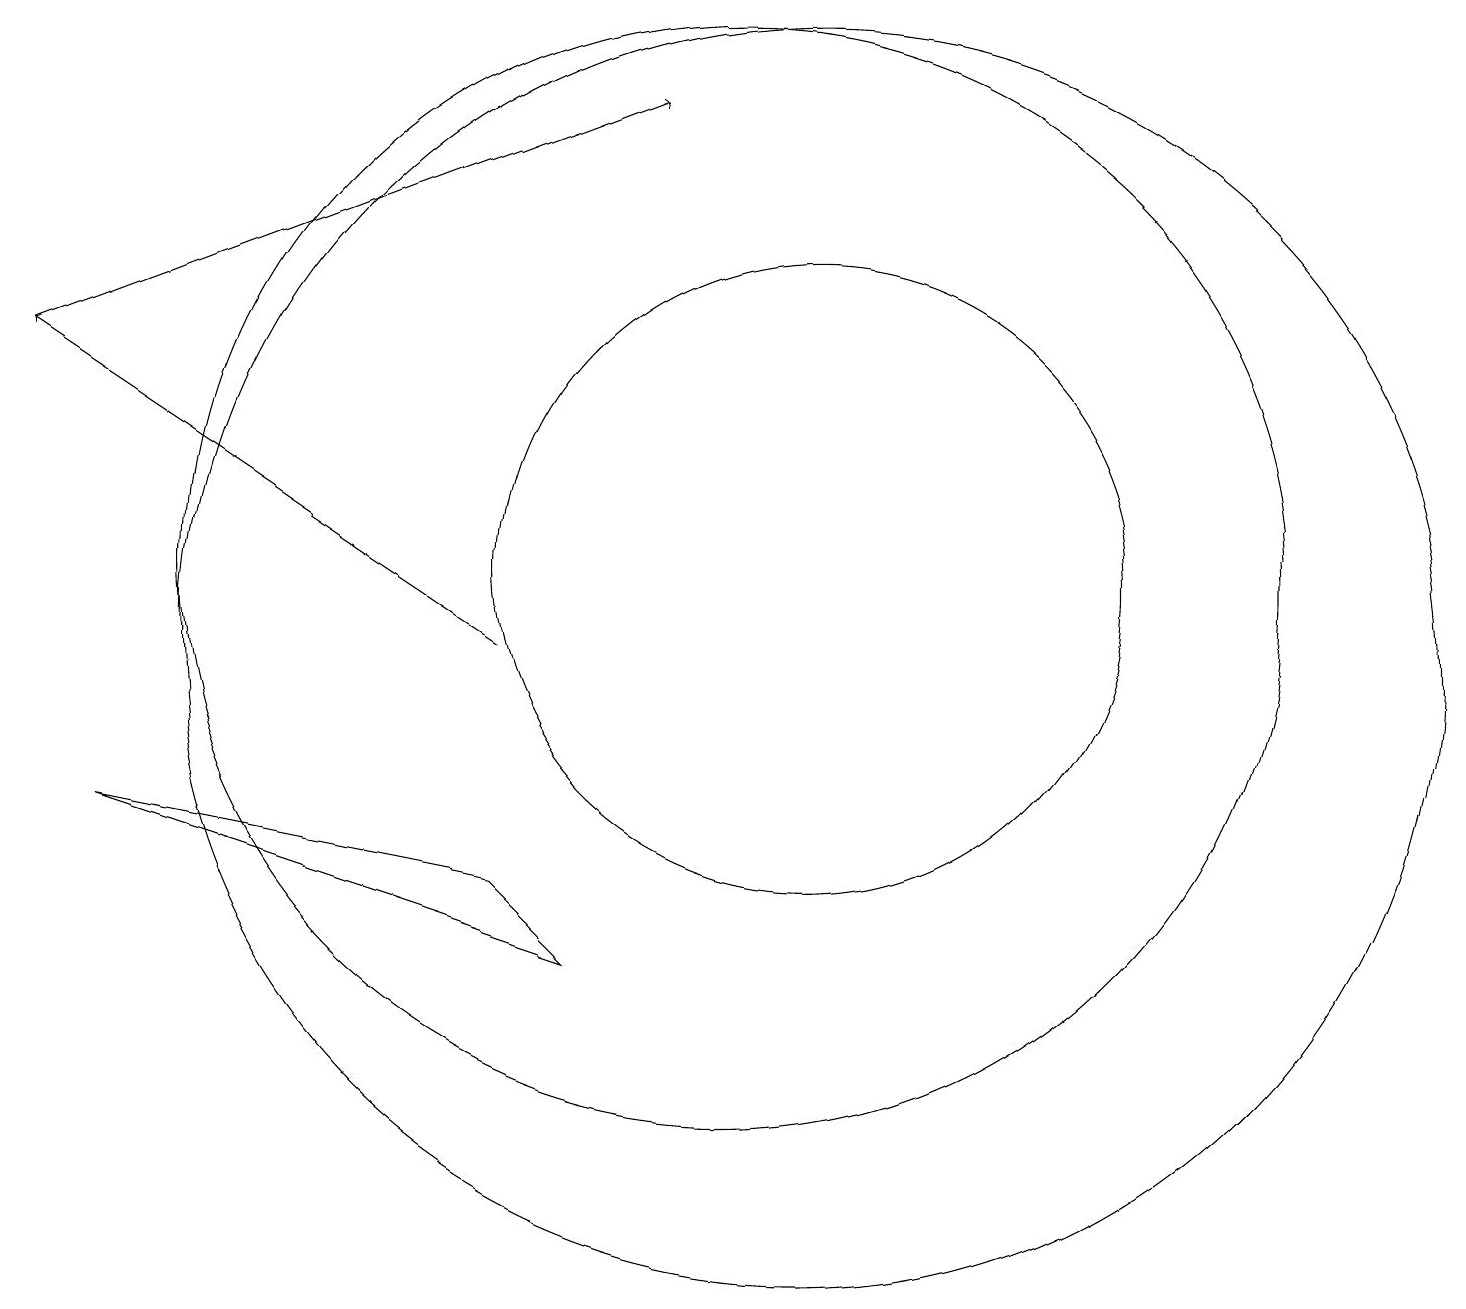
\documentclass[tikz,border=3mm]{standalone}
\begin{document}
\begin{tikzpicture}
\draw (11,11) circle (4);
\draw (10,11) circle (7);
\draw[->] (7,10) -- (1,14);
\draw (11,10) circle (8);
\draw[->] (1,14) -- (9,17);
\draw (8,6) -- (2,8) -- (7,7) -- cycle;
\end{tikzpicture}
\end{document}